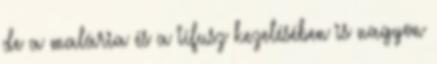
de a malária és a tífusz kezelésében is nagyon